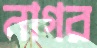
নাগর